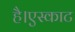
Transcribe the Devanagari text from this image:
है।एस्काट